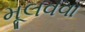
મૂલવવા